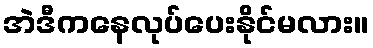
အဲဒီကနေလုပ်ပေးနိုင်မလား။